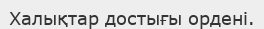
Халықтар достығы ордені.